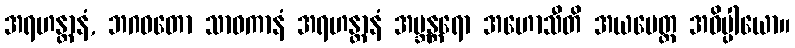
အရဟန္တာနံ, ဘဂဝတော သာဝကာနံ အရဟန္တာနံ အဗ္ဘန္တရော အဟောသီတိ အယမေတ္ထ အဓိပ္ပါယော။